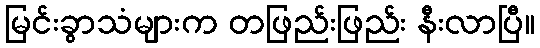
မြင်းခွာသံများက တဖြည်းဖြည်း နီးလာပြီ။